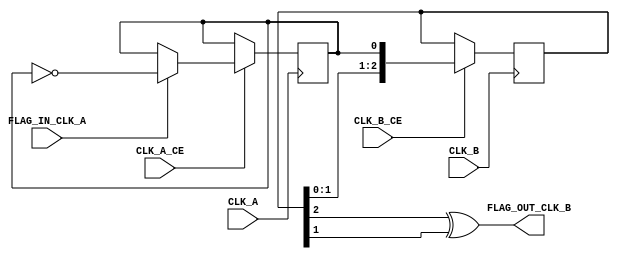
module flag_domain_crossing_ce(
    input wire      CLK_A,
    input wire      CLK_A_CE,
    input wire      CLK_B,
    input wire      CLK_B_CE,
    input wire      FLAG_IN_CLK_A,
    output wire     FLAG_OUT_CLK_B
);


reg         FLAG_TOGGLE_CLK_A;
initial     FLAG_TOGGLE_CLK_A = 0;
reg [2:0]   SYNC_CLK_B;

always @ (posedge CLK_A)
begin
    if (CLK_A_CE)
    begin
        if (FLAG_IN_CLK_A)
        begin
            FLAG_TOGGLE_CLK_A <= ~FLAG_TOGGLE_CLK_A;
        end
    end
end

always @ (posedge CLK_B)
begin
    if (CLK_B_CE)
    begin
        SYNC_CLK_B <= {SYNC_CLK_B[1:0], FLAG_TOGGLE_CLK_A};
    end
end

assign FLAG_OUT_CLK_B = (SYNC_CLK_B[2] ^ SYNC_CLK_B[1]); // XOR

endmodule